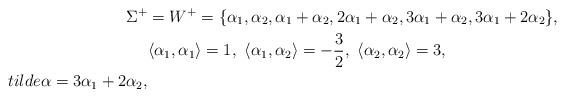
LaTeX: \begin{align*}\Sigma^{+}&=W^{+}=\{\alpha_{1}, \alpha_{2}, \alpha_{1}+\alpha_{2}, 2\alpha_{1}+\alpha_{2}, 3\alpha_{1}+\alpha_{2}, 3\alpha_{1}+2\alpha_{2} \},\\&\langle \alpha_{1}, \alpha_{1} \rangle=1, \ \langle \alpha_{1}, \alpha_{2} \rangle =-\frac{3}{2}, \ \langle \alpha_{2}, \alpha_{2} \rangle=3,\\tilde{\alpha}=3\alpha_{1}+2\alpha_{2},\end{align*}